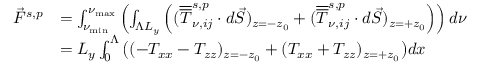
\begin{array} { r l } { \Vec { F } ^ { s , p } } & { = \int _ { \nu _ { \mathrm { m i n } } } ^ { \nu _ { \mathrm { m a x } } } \left( \int _ { \Lambda L _ { y } } \left( ( \overline { { \overline { { T } } } } _ { \nu , i j } ^ { s , p } \cdot d \vec { S } ) _ { z = - z _ { 0 } } + ( \overline { { \overline { { T } } } } _ { \nu , i j } ^ { s , p } \cdot d \vec { S } ) _ { z = + z _ { 0 } } \right) \right) d \nu } \\ & { = L _ { y } \int _ { 0 } ^ { \Lambda } \big ( ( - T _ { x x } - T _ { z z } ) _ { z = - z _ { 0 } } + ( T _ { x x } + T _ { z z } ) _ { z = + z _ { 0 } } \big ) d x } \end{array}